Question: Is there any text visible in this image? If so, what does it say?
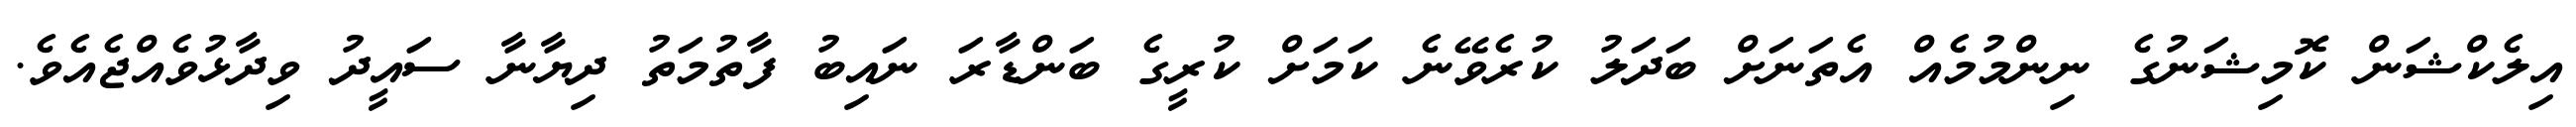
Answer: އިލެކްޝަން ކޮމިޝަނުގެ ނިންމުމެއް އެތަނަށް ބަދަލު ކުރެވޭނެ ކަމަށް ކުރީގެ ބަންޑާރަ ނައިބު ފާތުމަތު ދިޔާނާ ސައީދު ވިދާޅުވެއްޖެއެވެ.